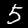
Label: 5